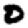
Digit: 0